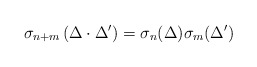
\begin{align*}\sigma_{n+m}\left(\Delta\cdot \Delta'\right) = \sigma_n(\Delta)\sigma_m(\Delta')\end{align*}